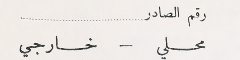
رقم الصادر
محلي – خارجي